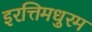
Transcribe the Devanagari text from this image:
इरत्तिमधुरम